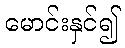
မောင်းနှင်၍